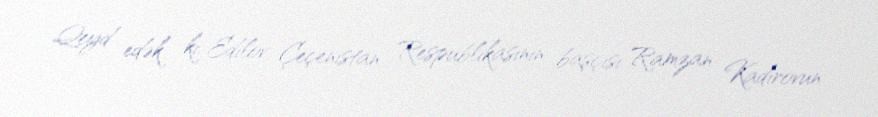
Qeyd edək ki, Edilov Çeçenistan Respublikasının başçısı Ramzan Kadırovun